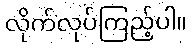
လိုက်လုပ်ကြည့်ပါ။